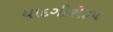
યાદગીરીરૂપ